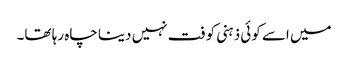
میں اسے کوئی ذہنی کوفت نہیں دینا چاہ رہا تھا۔